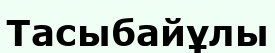
Тасыбайұлы